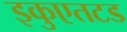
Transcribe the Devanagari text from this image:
इकुएतटड